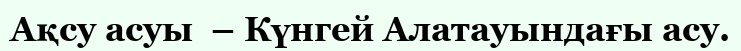
Ақсу асуы  – Күнгей Алатауындағы асу.